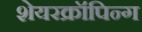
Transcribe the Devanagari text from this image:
शेयरक्रॉपिन्ग